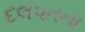
દલપતના